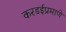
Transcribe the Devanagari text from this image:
करडईप्रमाणे